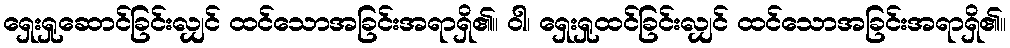
ရှေးရှုဆောင်ခြင်းလျှင် ထင်သောအခြင်းအရာရှိ၏။ ဝါ၊ ရှေးရှုထင်ခြင်းလျှင် ထင်သောအခြင်းအရာရှိ၏။